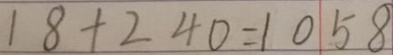
1 8 + 2 4 0 = 1 0 5 8